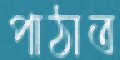
পাঠাত